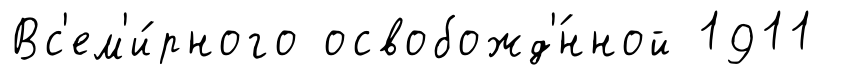
Вс'ем'и́рного освобожд'́нной 1911